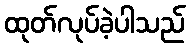
ထုတ်လုပ်ခဲ့ပါသည်